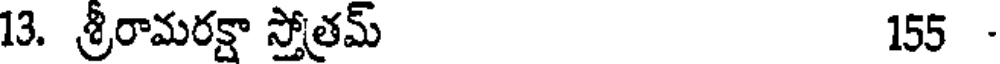
13. శ్రీరామరక్షా స్తోత్రమ్ 155 -